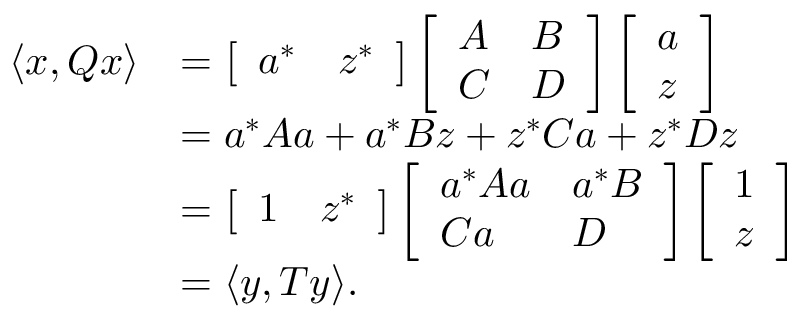
\begin{array} { r l } { \langle x , Q x \rangle } & { = \left[ \begin{array} { l l } { a ^ { * } } & { z ^ { * } } \end{array} \right] \left[ \begin{array} { l l } { A } & { B } \\ { C } & { D } \end{array} \right] \left[ \begin{array} { l } { a } \\ { z } \end{array} \right] } \\ & { = a ^ { * } A a + a ^ { * } B z + z ^ { * } C a + z ^ { * } D z } \\ & { = \left[ \begin{array} { l l } { 1 } & { z ^ { * } } \end{array} \right] \left[ \begin{array} { l l } { a ^ { * } A a } & { a ^ { * } B } \\ { C a } & { D } \end{array} \right] \left[ \begin{array} { l } { 1 } \\ { z } \end{array} \right] } \\ & { = \langle y , T y \rangle . } \end{array}